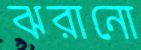
ঝরানো